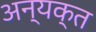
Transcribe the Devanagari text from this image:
अन्यक्त